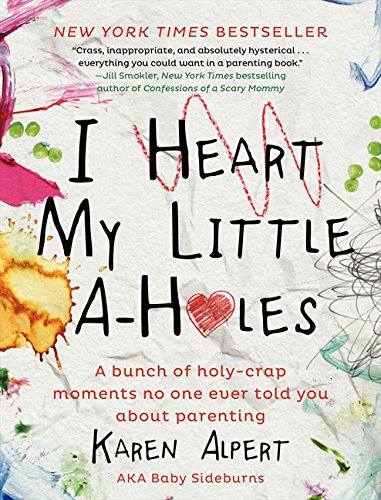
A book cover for I Heart My Little A-Holes: A bunch of holy-crap moments no one ever told you about parenting; Karen Alpert; Humor & Entertainment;